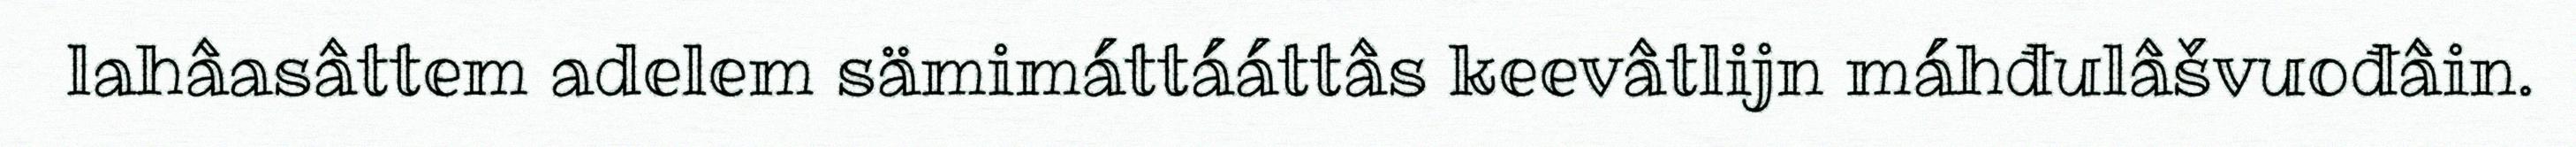
lahâasâttem adelem sämimáttááttâs keevâtlijn máhđulâšvuođâin.